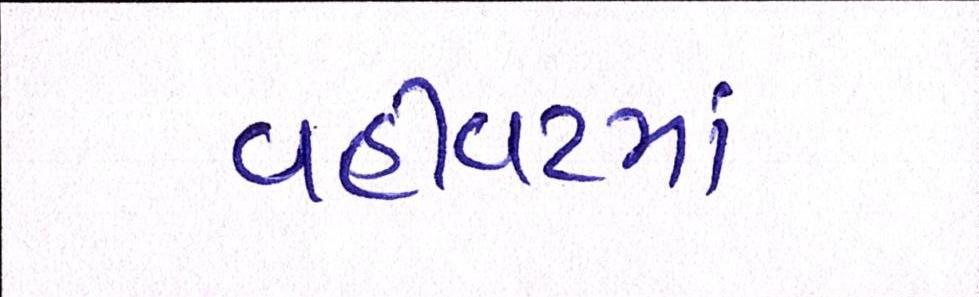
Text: વહીવટમાં